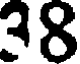
38